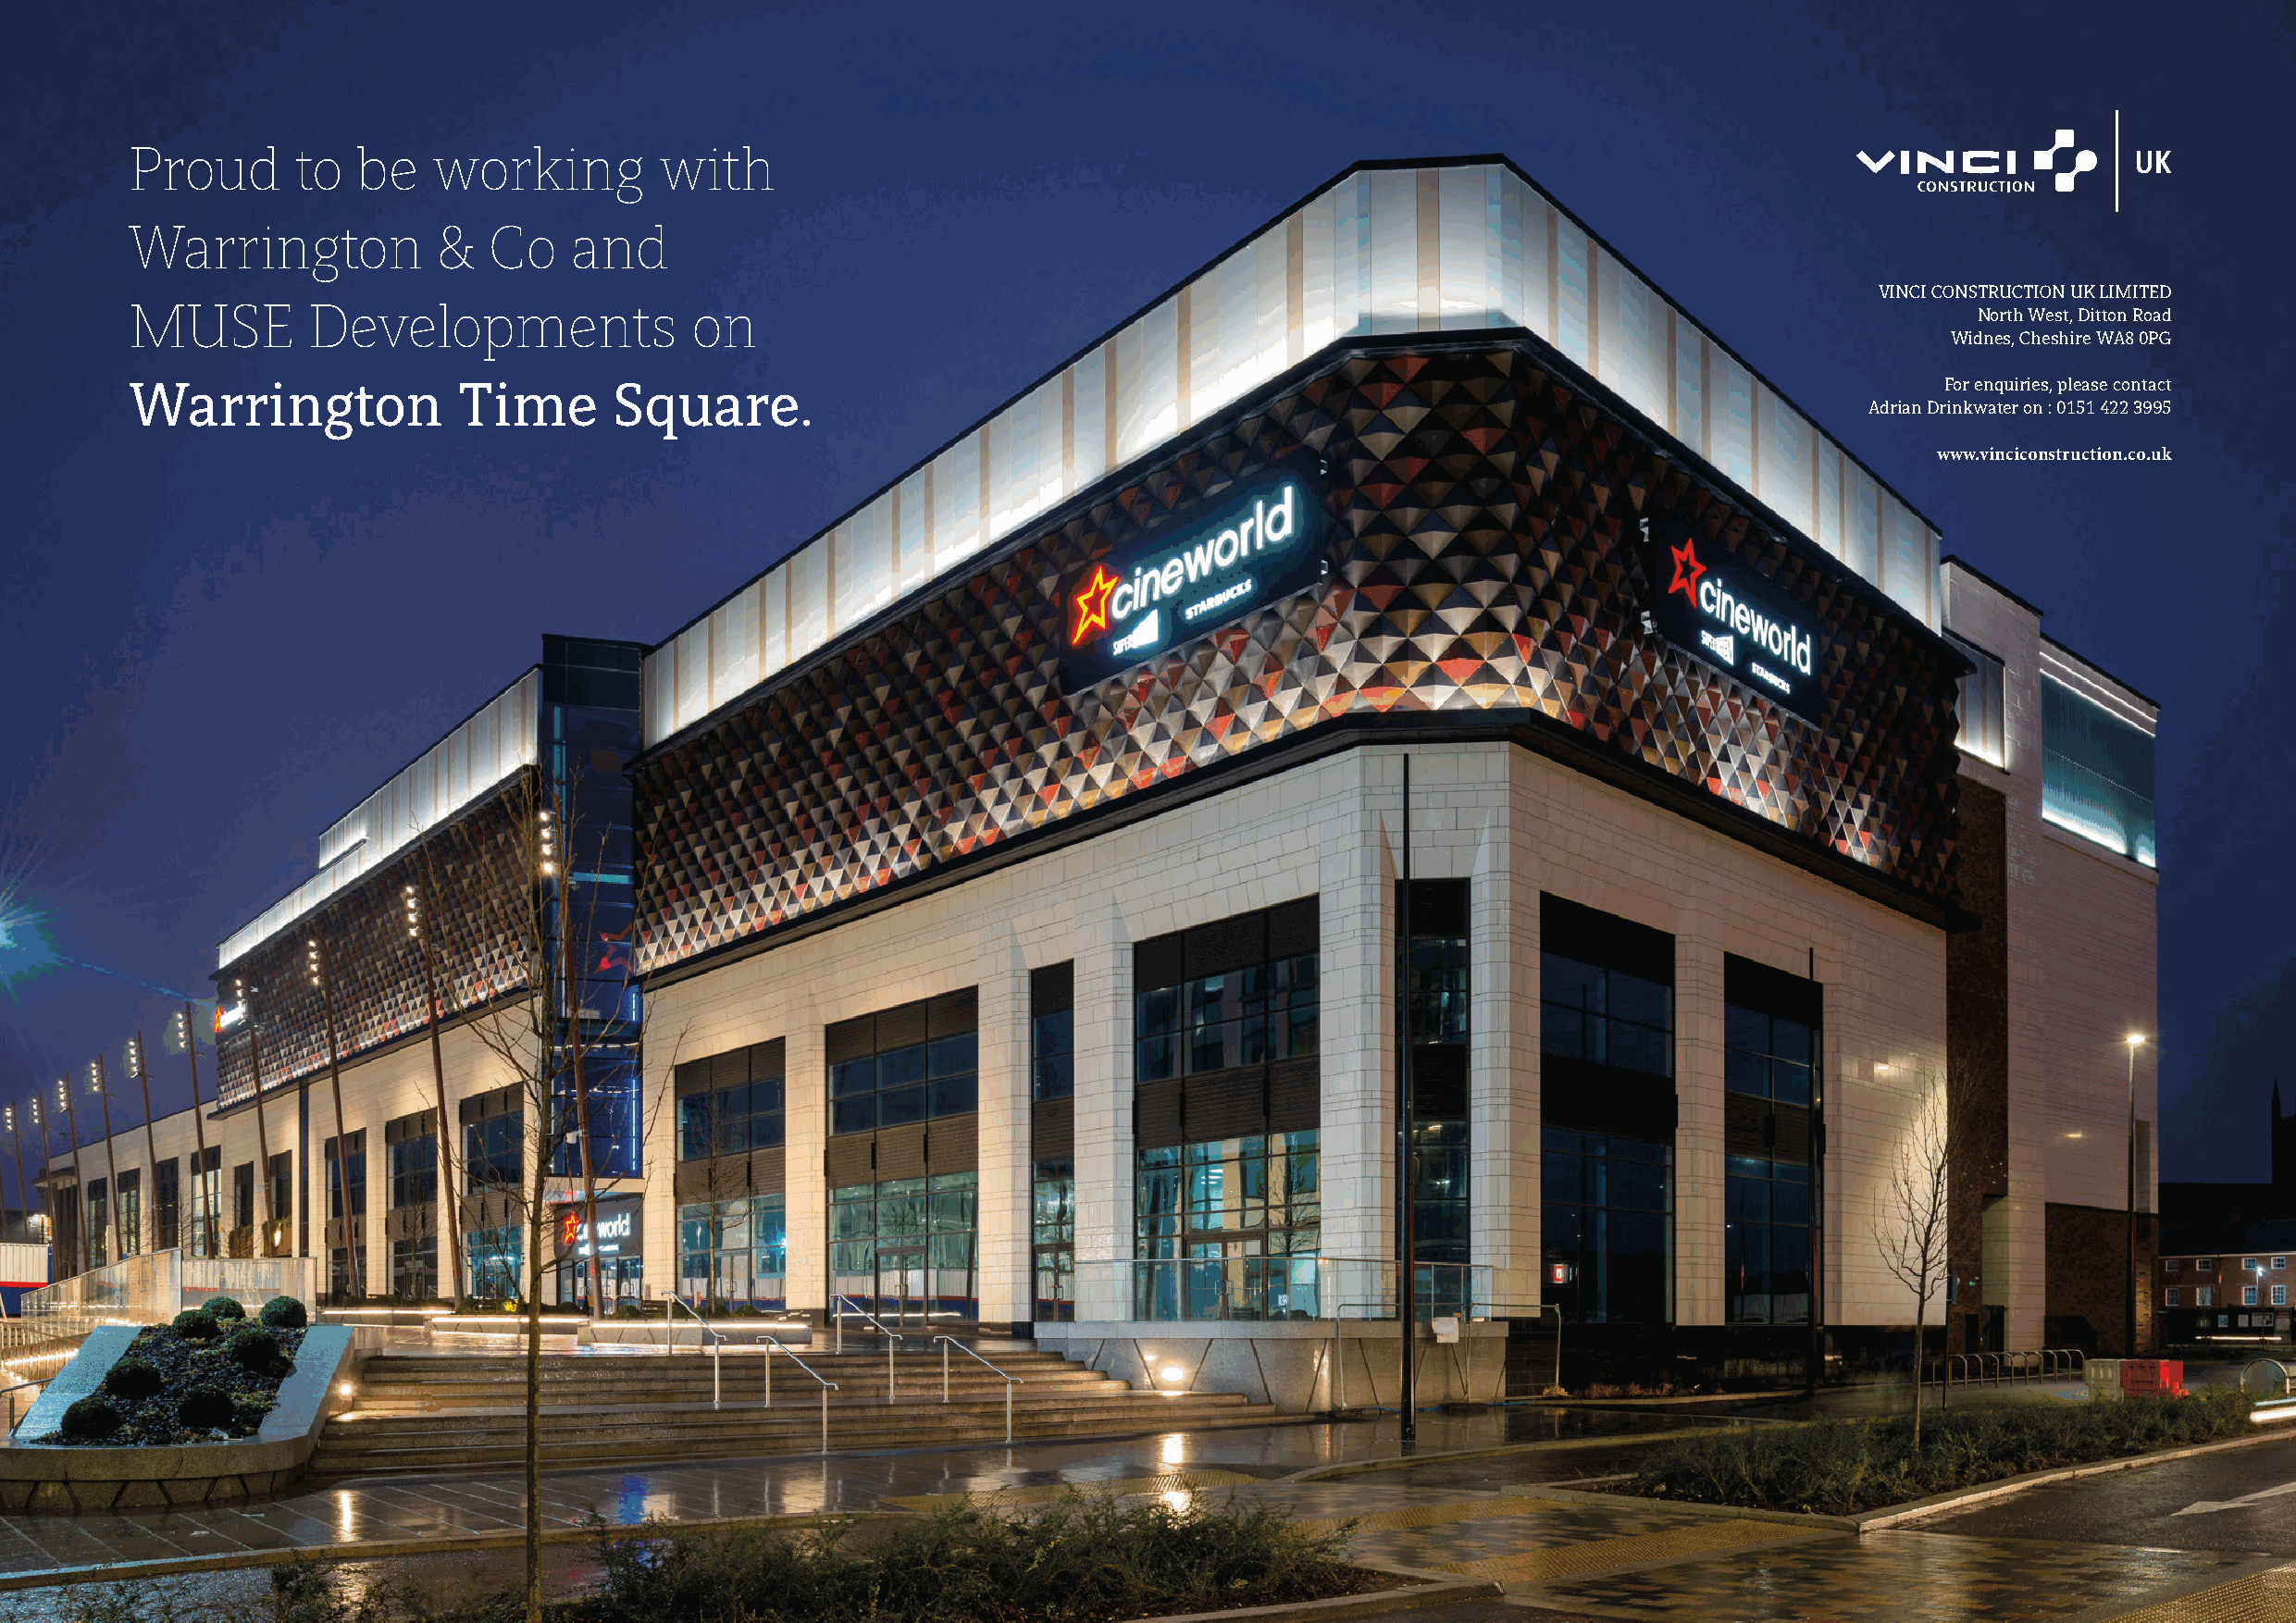
Annual Property Review 2020                                                                                                                    warringtonandco.com
 Proud       to   be   working         with
 Warrington            &   Co    and
 VINCI CONSTRUCTION UK LIMITED
 MUSE         Developments               on
 North West, Ditton Road
 Widnes, Cheshire WA8 0PG
 Warrington              Time       Square.                                                                                        For enquiries, please contact
 Adrian Drinkwater on : 0151 422 3995
 www.vinciconstruction.co.uk
 26                                                                                                                                                       27
 wwaarrrriinnggttoonn aadd..iinndddd 11                                                                                                                     2277//0033//22002200 1100::1188::2299